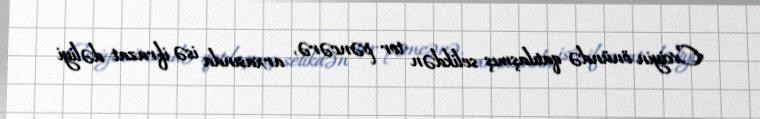
Evciyin önündə qatılaşmış selikdən tor pəncərə, arxasında isə ifrazat dəliyi